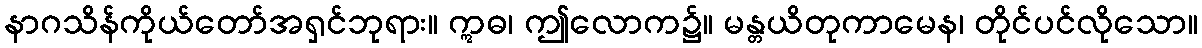
နာဂသိန်ကိုယ်တော်အရှင်ဘုရား။ ဣဓ၊ ဤလောက၌။ မန္တယိတုကာမေန၊ တိုင်ပင်လိုသော။